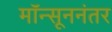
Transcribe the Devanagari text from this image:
मॉन्सूननंतर